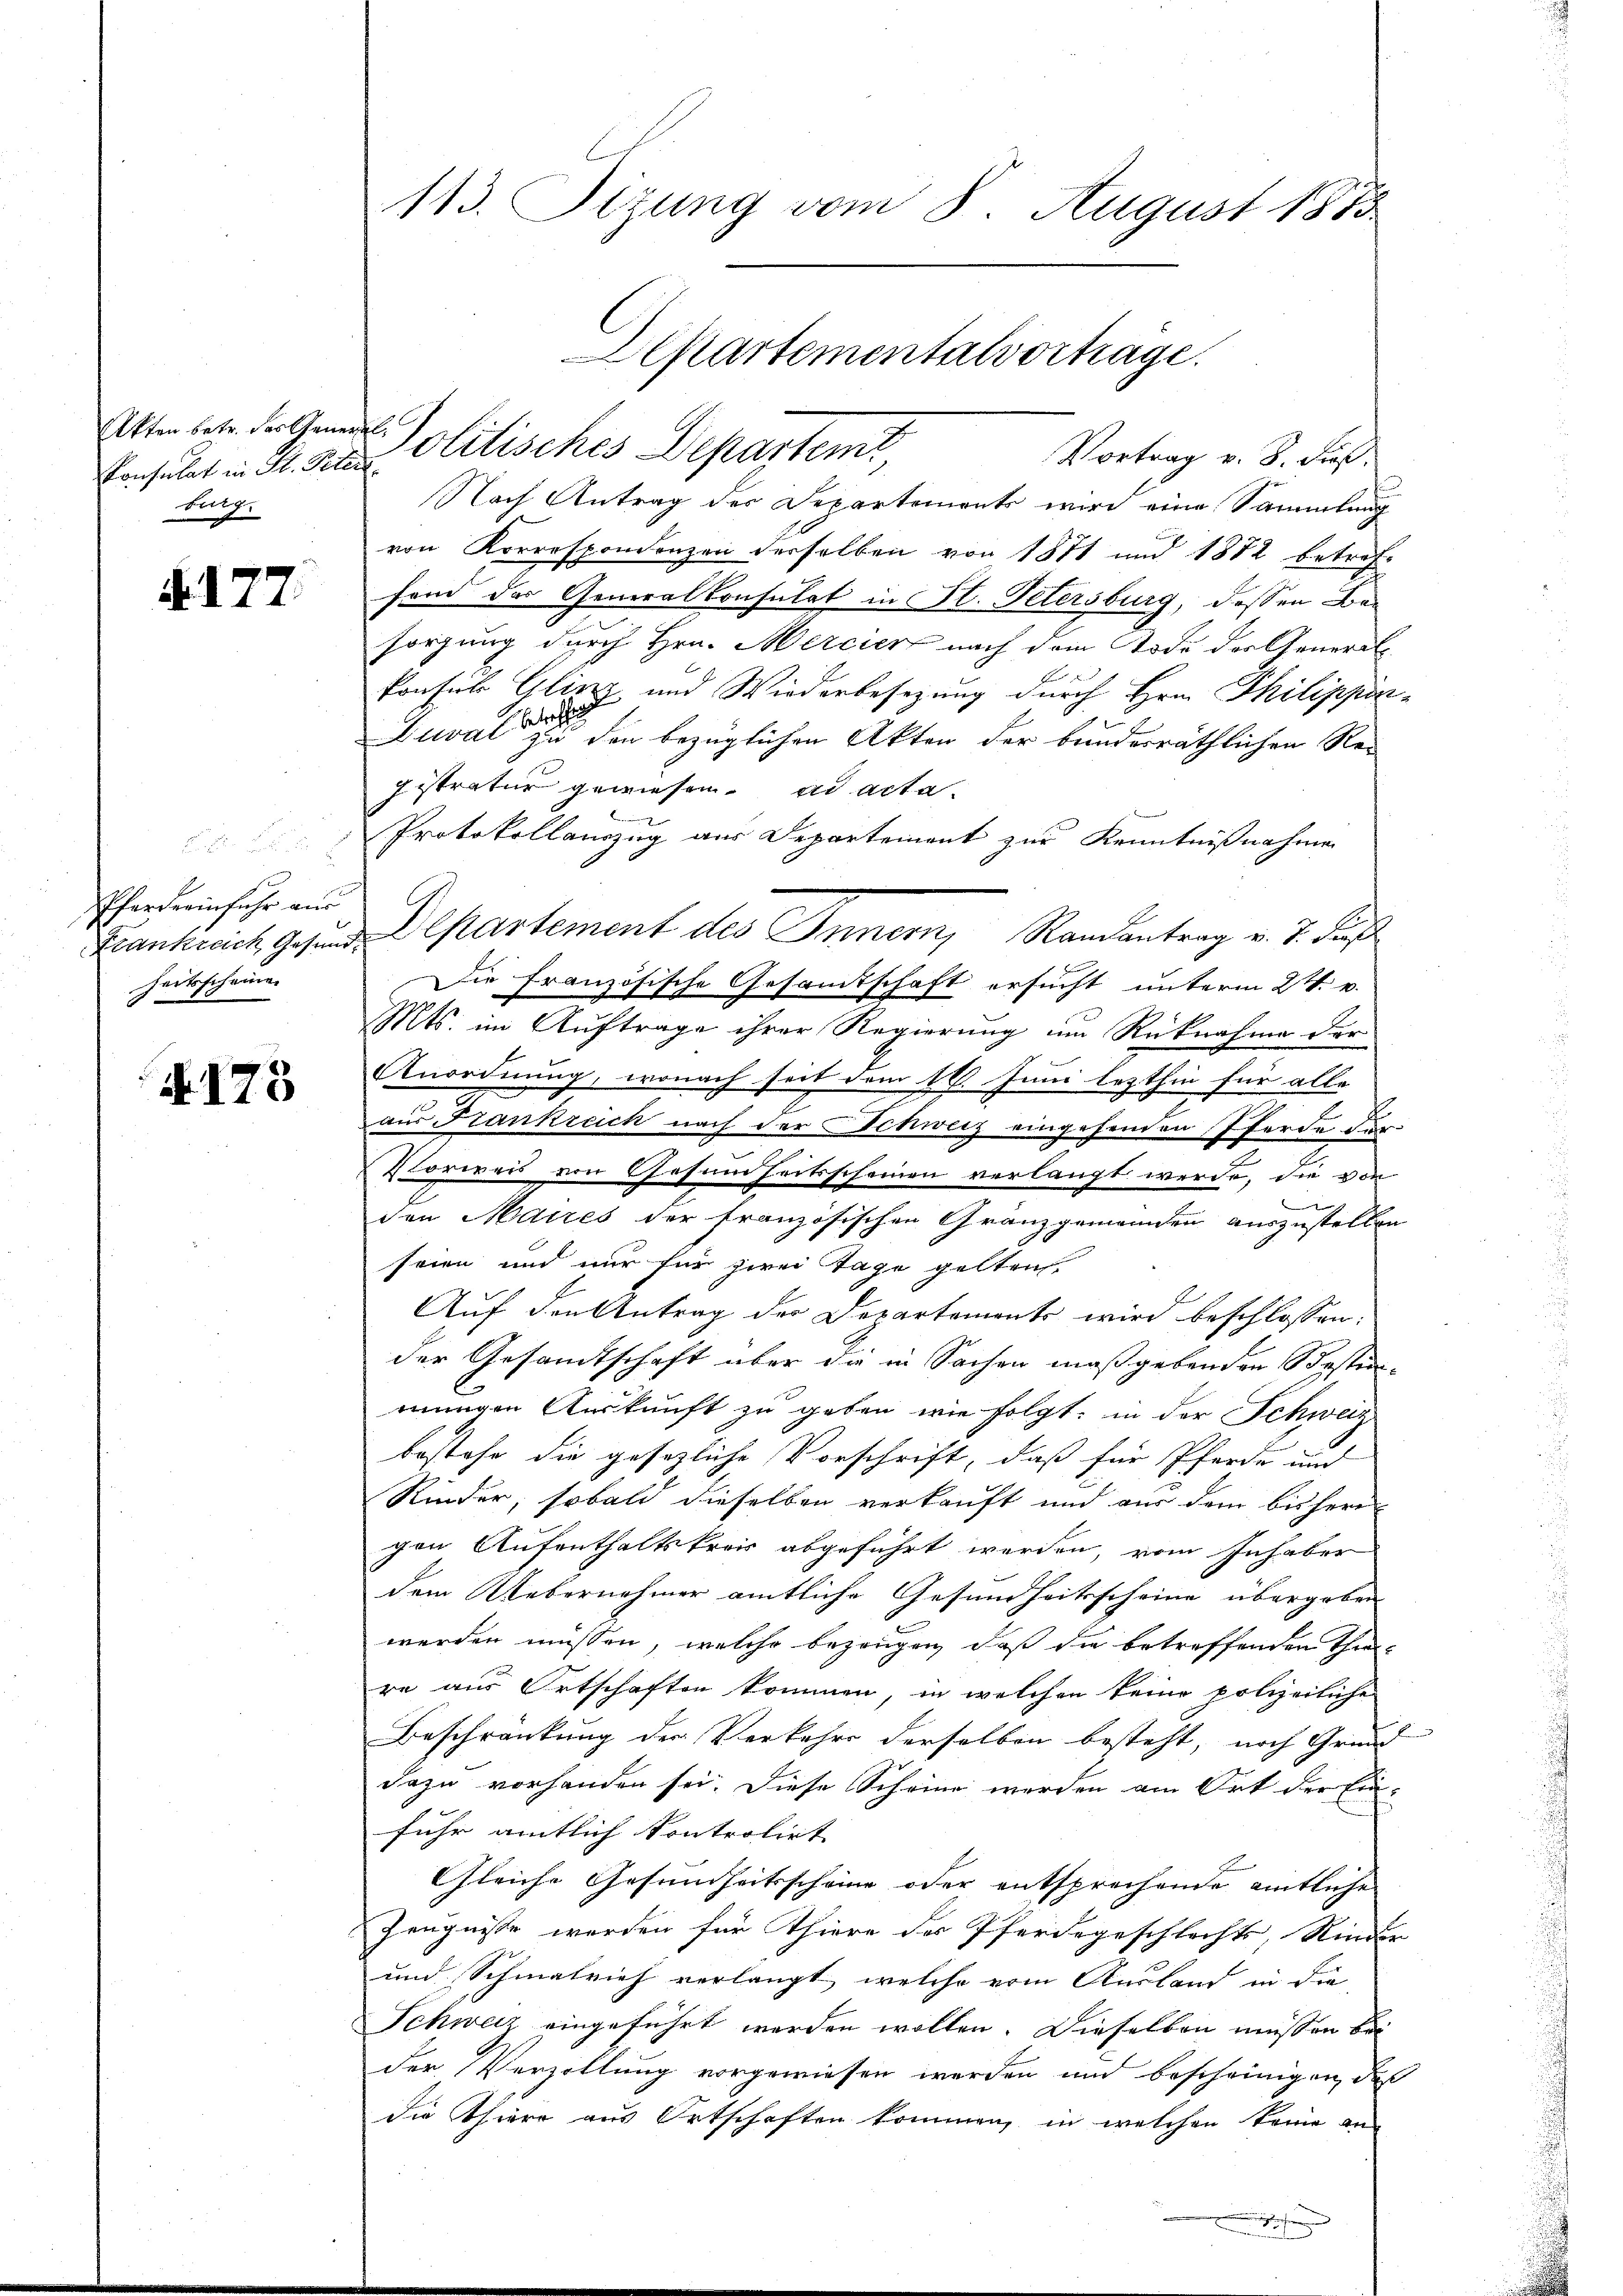
Akten betr. der General-
burg.

§.177.

Pferderinfuhr aus
heitsscheine

N 173

113. Sizung vom 8. August 1855

Vortrag v. 8. dieß.
Consulat in St. Peter Olitisches Departeme,

Nach Antrag der Departemente wird eine Sammlung
von Korrespondenzen derselben von 1871 und 1882 betref-
fend das Generalkonsulat in Fl. Petersburg, dessen Besorgung durch Hrn. Mercier nach dem Tode der Genera
Ponsil Gliez und Wiederbesezung durch Hrn. Philippin¬
Diwalde er sei den bezüglichen Akten der bundesräthlichen Re-
gistratur gewiesen. ad acta.
Protokollauszug aus Departement zur Kenntnißnahme
Frankreich gesund Departement des Innern, Randantrag v. J. Fuß
Die französische Gesamtschaft ersucht unterm 24. v.
Mts. im Auftrage ihrer Regierung um Rücknahme der
Anordnung, wonach seit dem 16. Juni lezthin für alle
aus Frankreich nach der Schweiz eingehenden Pferde für
Vorweis von Gesundheitsscheinen verlangt werde, die von
den Maires der französischen Granzgemeinden auszustellen
seien und nur für zwei Tage gelten
Auf den Antrag der Departements wird beschlossen:
der Gesandtschaft über die in Sachen maßgebenden Scestun-
mungen Auskunft zu geben wie folgt; in der Schweiz
bestehe die gesezliche Vorschrift, daß für Pferde und
Rinder, sobald dieselben verkauft und aus dem bisherr
gen Aufenthaltskreis abgeführt werden, vom Inhaber
dem Uebernehmer amtliche Gesundheitsscheine übergeben
werden müssen, welche bezeugen, daß die betreffenden Thal-
re aus Ortschaften kommen, in welchen keine polizeiliche
Beschränkung der Verkehrs derselben besteht, noch Grund
dazu vorhanden sei. Diese Scheine werden am Ort der Einfuhr amtlich kontrolirt
Gleiche Gesundheitsscheine oder entsprechende amtliche
Zeugnisse werden für Thiere der Pferdegeschlechts, Kinder
und Schmalrich verlangt, welche von Ausland in die
Schweiz eingeführt werden wollen. Dieselben müssen bei
der Verzellung vorgewiesen werden und bescheinigen, daß
die Thiere aus Ortschaften kommen, in welchen keine an
.

Departementalvorträge.